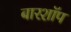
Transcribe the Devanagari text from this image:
बारशॉप